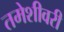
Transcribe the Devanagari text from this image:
तमेशीवरी